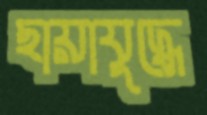
ছায়াযুদ্ধে